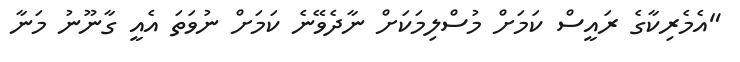
"އެމެރިކާގެ ރައީސް ކަމަށް މުސްލިމަކަށް ނާދެވޭނެ ކަމަށް ނުވަތަ އެއީ ގާނޫނު މަނާ